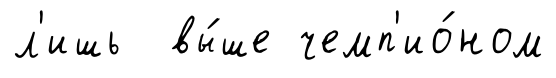
л'ишь вы́ше чемп'ио́ном